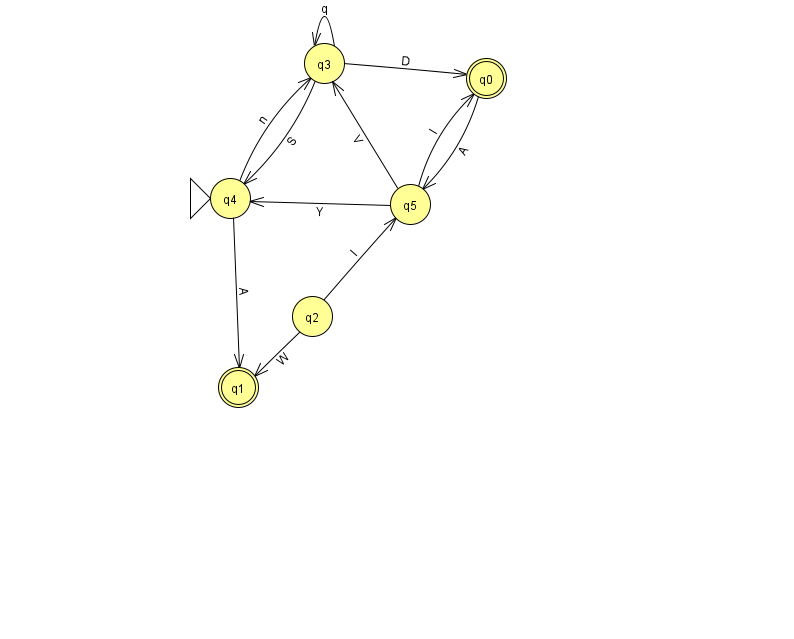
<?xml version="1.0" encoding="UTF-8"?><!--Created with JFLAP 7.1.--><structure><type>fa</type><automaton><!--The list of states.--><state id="0" name="q0"><x>486.0</x><y>65.0</y><final/></state><state id="1" name="q1"><x>238.0</x><y>374.0</y><final/></state><state id="2" name="q2"><x>312.0</x><y>303.0</y></state><state id="3" name="q3"><x>324.0</x><y>50.0</y></state><state id="4" name="q4"><x>230.0</x><y>185.0</y><initial/></state><state id="5" name="q5"><x>410.0</x><y>191.0</y></state><!--The list of transitions.--><transition><from>3</from><to>3</to><read>q</read></transition><transition><from>3</from><to>4</to><read>S</read></transition><transition><from>3</from><to>0</to><read>D</read></transition><transition><from>5</from><to>3</to><read>V</read></transition><transition><from>0</from><to>5</to><read>A</read></transition><transition><from>2</from><to>5</to><read>l</read></transition><transition><from>2</from><to>1</to><read>W</read></transition><transition><from>5</from><to>0</to><read>I</read></transition><transition><from>4</from><to>3</to><read>n</read></transition><transition><from>4</from><to>1</to><read>A</read></transition><transition><from>5</from><to>4</to><read>Y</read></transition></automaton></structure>